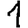
Digit: 1